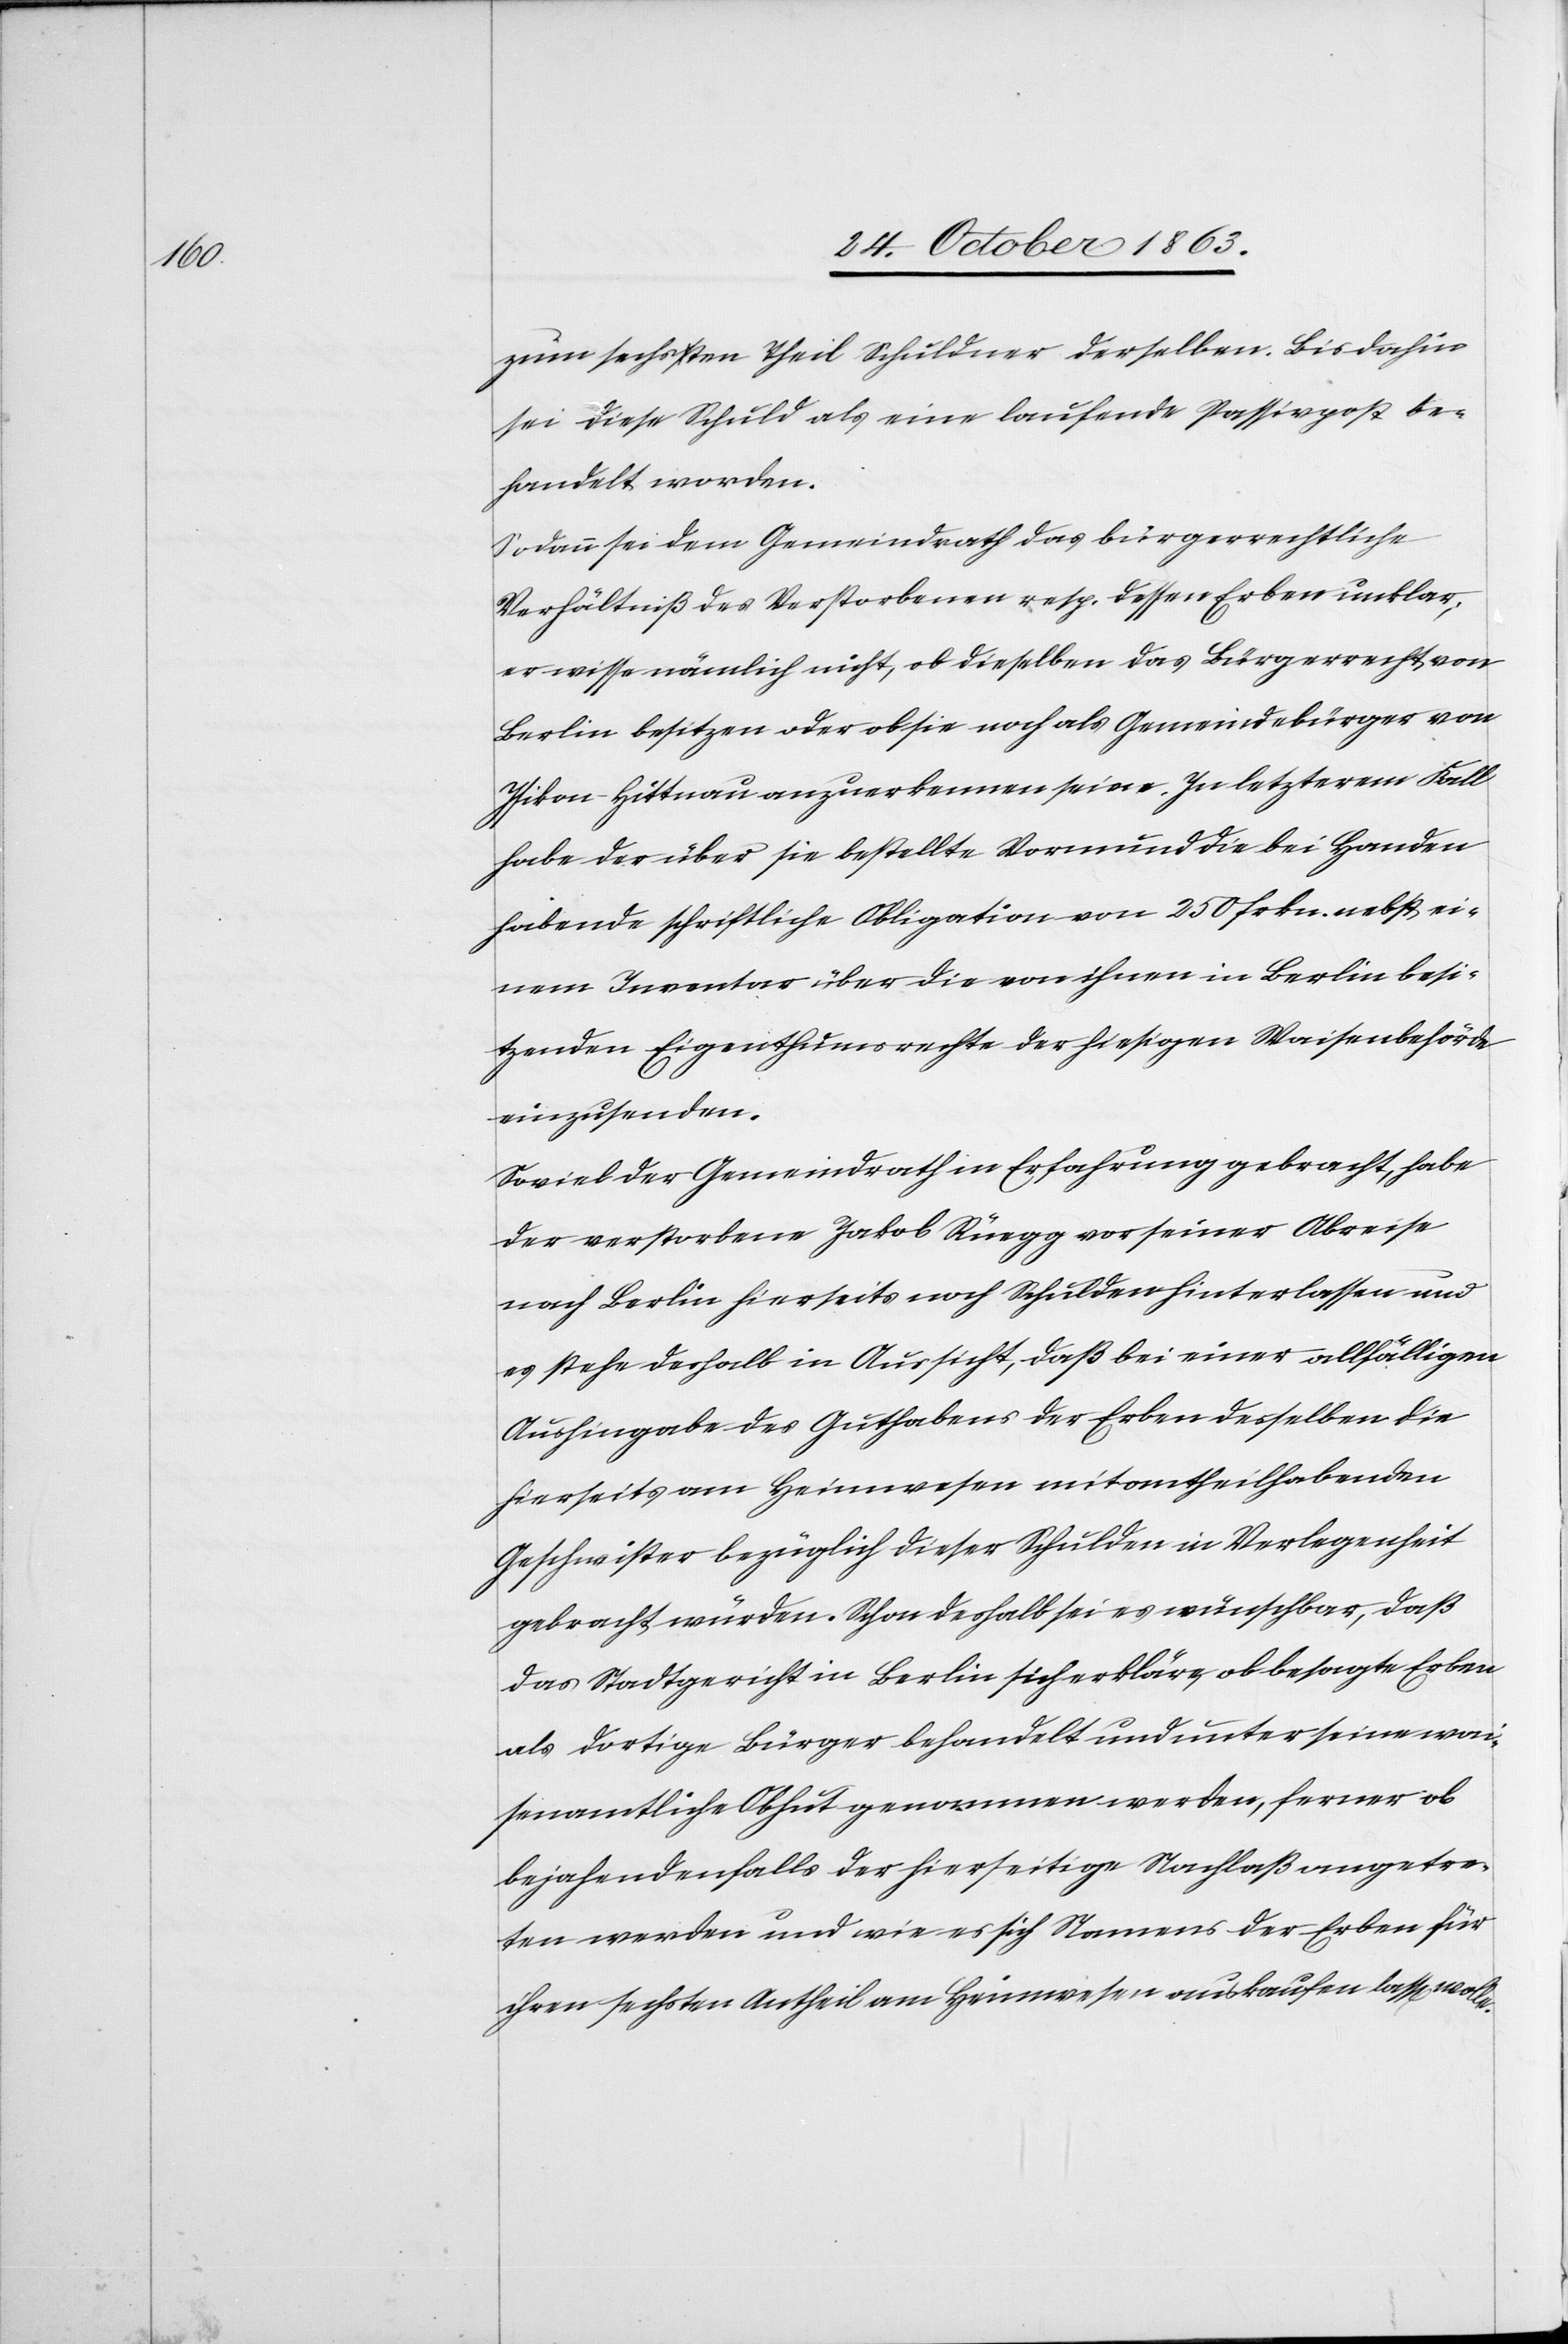
zum sechsten Theil Schuldner derselben. Bis dahin
sei diese Schuld als eine laufende Passivpost be¬
handelt worden.
Sodann sei dem Gemeindrath das bürgerrechtliche
Verhältniß des Verstorbenen resp. dessen Erben unklar;
er wisse nämlich nicht, ob dieselben das Bürgerrecht von
Berlin besitzen oder ob sie noch als Gemeindebürger von
Isikon-Hittnau anzuerkennen seien. In letzterem Fall
habe der über sie bestellte Vormund die bei Handen
habende schriftliche Obligation von 250 frkn. nebst ei¬
nem Inventar über die von ihnen in Berlin besi¬
tzenden Eigenthumsrechte der hiesigen Waisenbehörde
einzusenden.
Soviel der Gemeindrath in Erfahrung gebracht, habe
der verstorbene Jakob Rüegg vor seiner Abreise
nach Berlin hierseits noch Schulden hinterlassen und
es stehe deshalb in Aussicht, daß bei einer allfälligen
Aushingabe des Guthabens der Erben desselben die
hierseits am Heimwesen mitantheilhabenden
Geschwister bezüglich dieser Schulden in Verlegenheit
gebracht würden. Schon deshalb sei es wünschbar, daß
das Stadtgericht in Berlin sich erkläre, ob besagte Erben
als dortige Bürger behandelt und unter seine wai¬
senamtliche Obhut genommen werden, ferner ob
bejahendenfalls der hierseitige Nachlaß angetre¬
ten werden und wie es sich Namens der Erben für
ihren sechsten Antheil am Heimwesen auskaufen lass[en] wolle.